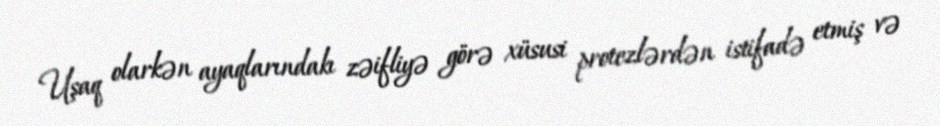
Uşaq olarkən ayaqlarındakı zəifliyə görə xüsusi protezlərdən istifadə etmiş və